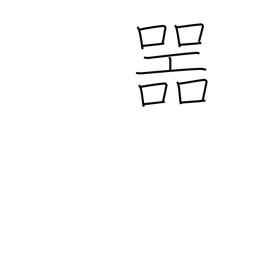
Meaning: receptacle